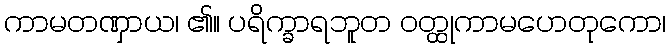
ကာမတဏှာယ၊ ၏။ ပရိက္ခာရဘူတ ဝတ္ထုကာမဟေတုကော၊